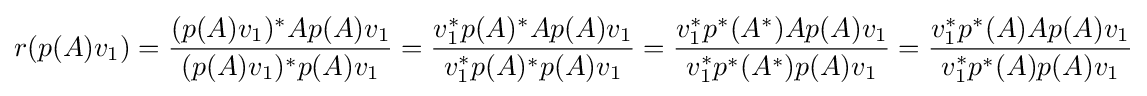
r(p(A)v_{1})={\frac {(p(A)v_{1})^{*}Ap(A)v_{1}}{(p(A)v_{1})^{*}p(A)v_{1}}}={\frac {v_{1}^{*}p(A)^{*}Ap(A)v_{1}}{v_{1}^{*}p(A)^{*}p(A)v_{1}}}={\frac {v_{1}^{*}p^{*}(A^{*})Ap(A)v_{1}}{v_{1}^{*}p^{*}(A^{*})p(A)v_{1}}}={\frac {v_{1}^{*}p^{*}(A)Ap(A)v_{1}}{v_{1}^{*}p^{*}(A)p(A)v_{1}}}